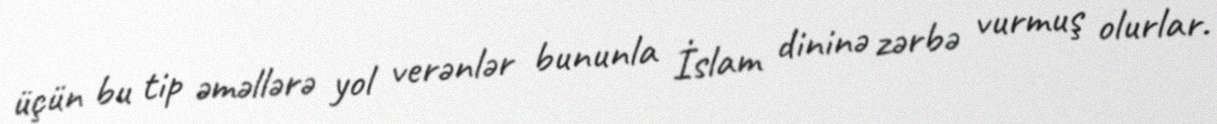
üçün bu tip əməllərə yol verənlər bununla İslam dininə zərbə vurmuş olurlar.